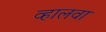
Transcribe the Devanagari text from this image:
व्हालवा